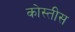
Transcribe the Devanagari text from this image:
कोस्तीस